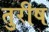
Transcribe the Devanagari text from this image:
तुरीष